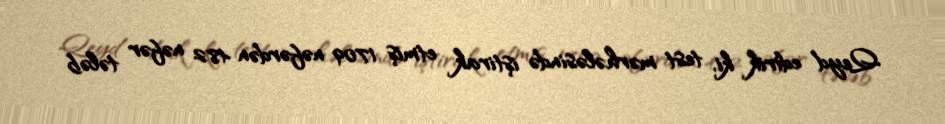
Qeyd edirik ki, test mərhələsində iştirak etmiş 1709 nəfərdən 482 nəfər tələb